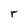
Character: r